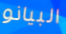
البيانو